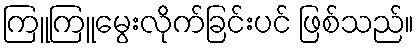
ကြူကြူမွေးလိုက်ခြင်းပင် ဖြစ်သည်။